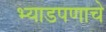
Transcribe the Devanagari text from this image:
भ्याडपणाचे